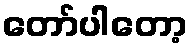
တော်ပါတော့